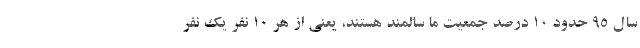
سال ۹۵ حدود ۱۰ درصد جمعیت ما سالمند هستند، یعنی از هر ۱۰ نفر یک نفر